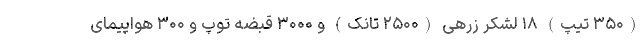
(۳۵۰ تیپ) ۱۸ لشکر زرهی (۲۵۰۰ تانک) و ۳۰۰۰ قبضه توپ و ۳۰۰ هواپیمای